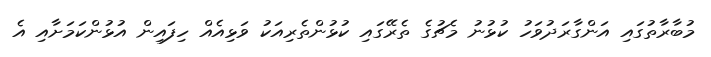
މުބާރާތުގައި އަންގާރަދުވަހު ކުޅުނު މެޗުގެ ތެރޭގައި ކުޅުންތެރިއަކު ވަޅިއެއް ހިފައިން އުޅުންކަމަށާއި އެ